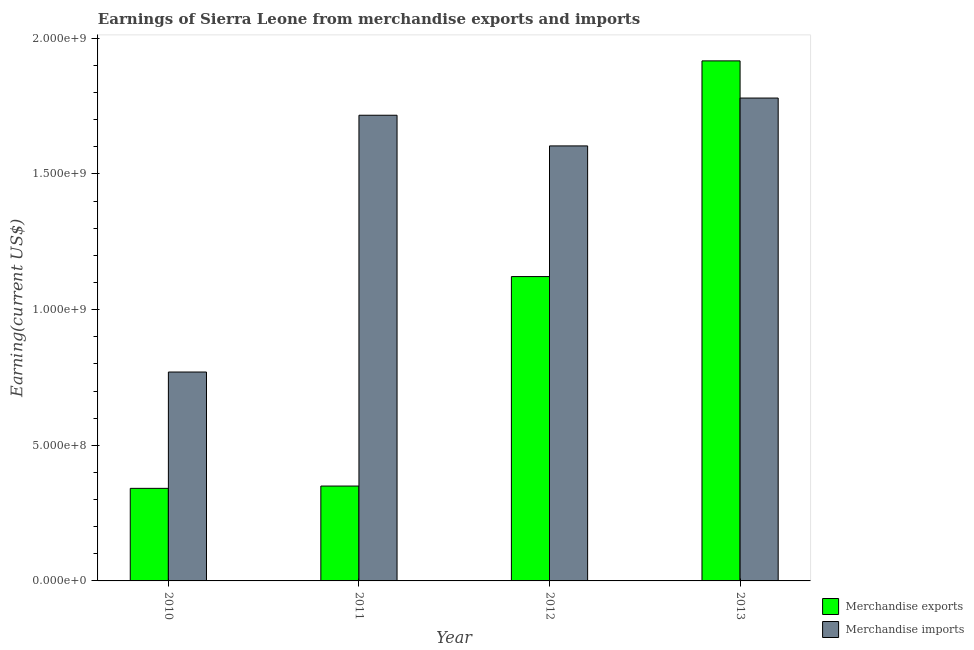
| Year | Merchandise exports | Merchandise imports |
 | --- | --- | --- |
 | 2010 | 3.41e+08 | 7.7e+08 |
 | 2011 | 3.5e+08 | 1.72e+09 |
 | 2012 | 1.12e+09 | 1.6e+09 |
 | 2013 | 1.92e+09 | 1.78e+09 |